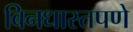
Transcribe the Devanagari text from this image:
बिनधास्तपणे